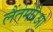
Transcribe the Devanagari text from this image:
लैंतेमेरिओ